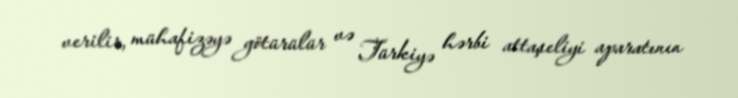
verilir, mühafizəyə götürülür və Türkiyə hərbi attaşeliyi aparatının